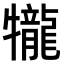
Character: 𤜆